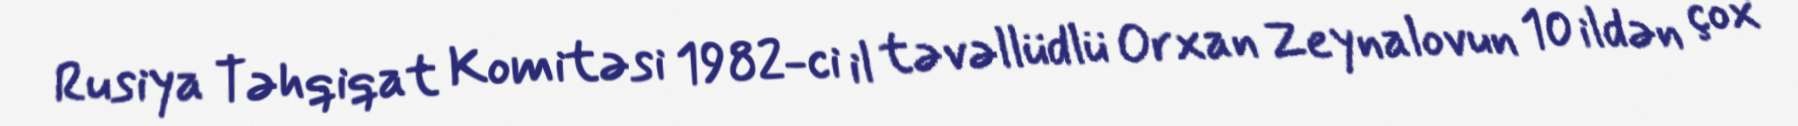
Rusiya Təhqiqat Komitəsi 1982-ci il təvəllüdlü Orxan Zeynalovun 10 ildən çox